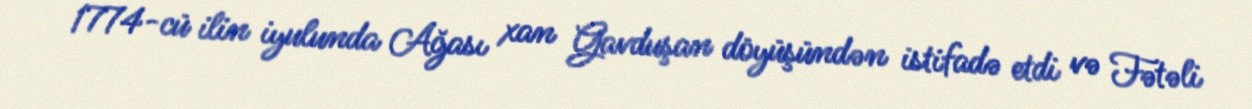
1774-cü ilin iyulunda Ağası xan Gavduşan döyüşündən istifadə etdi və Fətəli